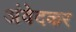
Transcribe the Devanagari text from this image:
अंवेदकर